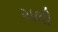
ચલી